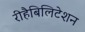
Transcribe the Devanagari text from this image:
रीहैबिलिटेशन